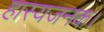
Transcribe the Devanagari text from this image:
हास्यजनक।